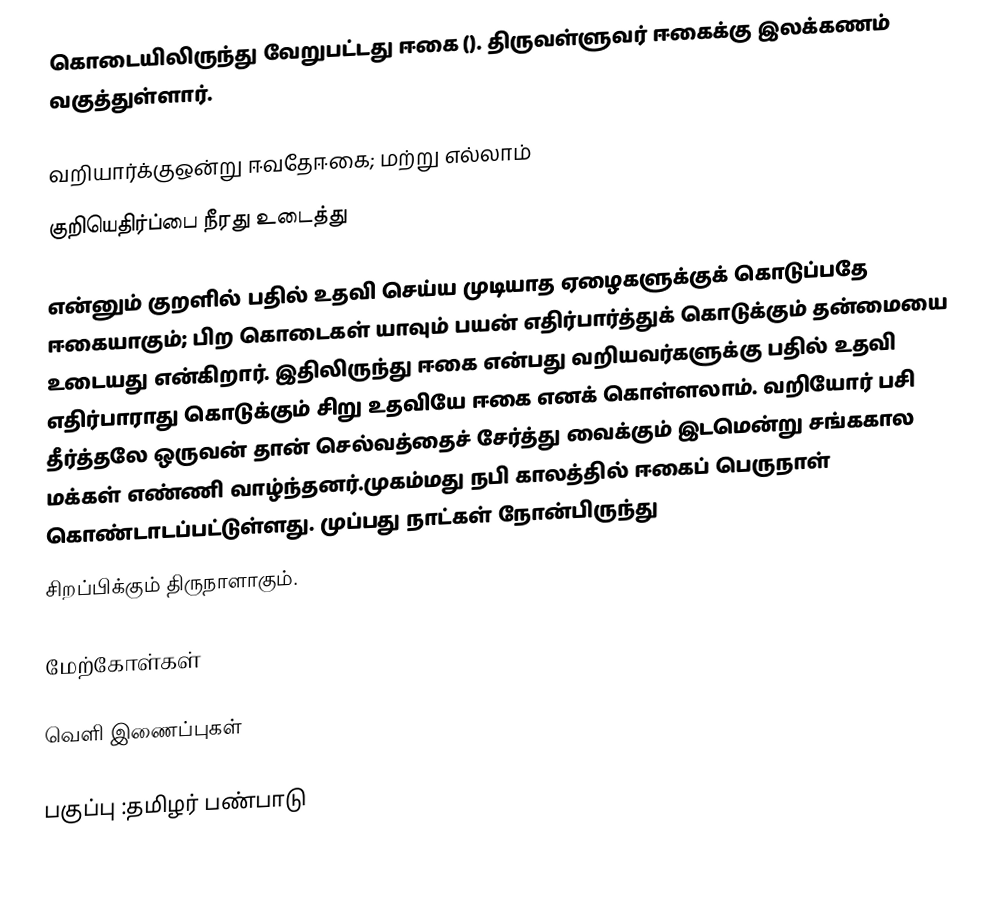
கொடையிலிருந்து வேறுபட்டது ஈகை (). திருவள்ளுவர் ஈகைக்கு இலக்கணம் வகுத்துள்ளார்.

வறியார்க்குஒன்று ஈவதேஈகை; மற்று எல்லாம்
குறியெதிர்ப்பை நீரது உடைத்து

என்னும் குறளில் பதில் உதவி செய்ய முடியாத ஏழைகளுக்குக் கொடுப்பதே ஈகையாகும்; பிற கொடைகள் யாவும் பயன் எதிர்பார்த்துக் கொடுக்கும் தன்மையை உடையது என்கிறார். இதிலிருந்து ஈகை என்பது வறியவர்களுக்கு பதில் உதவி எதிர்பாராது கொடுக்கும் சிறு உதவியே ஈகை எனக் கொள்ளலாம். வறியோர் பசி தீர்த்தலே ஒருவன் தான் செல்வத்தைச் சேர்த்து வைக்கும் இடமென்று சங்ககால மக்கள் எண்ணி வாழ்ந்தனர்.முகம்மது நபி காலத்தில் ஈகைப் பெருநாள் கொண்டாடப்பட்டுள்ளது. முப்பது நாட்கள் நோன்பிருந்து
சிறப்பிக்கும் திருநாளாகும்.

மேற்கோள்கள்

வெளி இணைப்புகள்

பகுப்பு :தமிழர் பண்பாடு